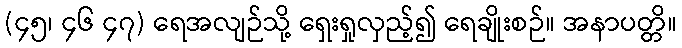
(၄၅၊ ၄၆ ၄၇) ရေအလျဉ်သို့ ရှေးရှုလှည့်၍ ရေချိုးစဉ်။ အနာပတ္တိ။